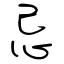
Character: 忌